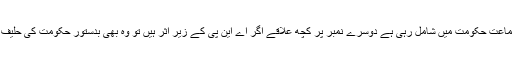
اب تک یہ جماعت حکومت میں شامل رہی ہے دوسرے نمبر پر کچھ علاقے اگر اے این پی کے زیر اثر ہیں تو وہ بھی بدستور حکومت کی حلیف جماعت ہے۔